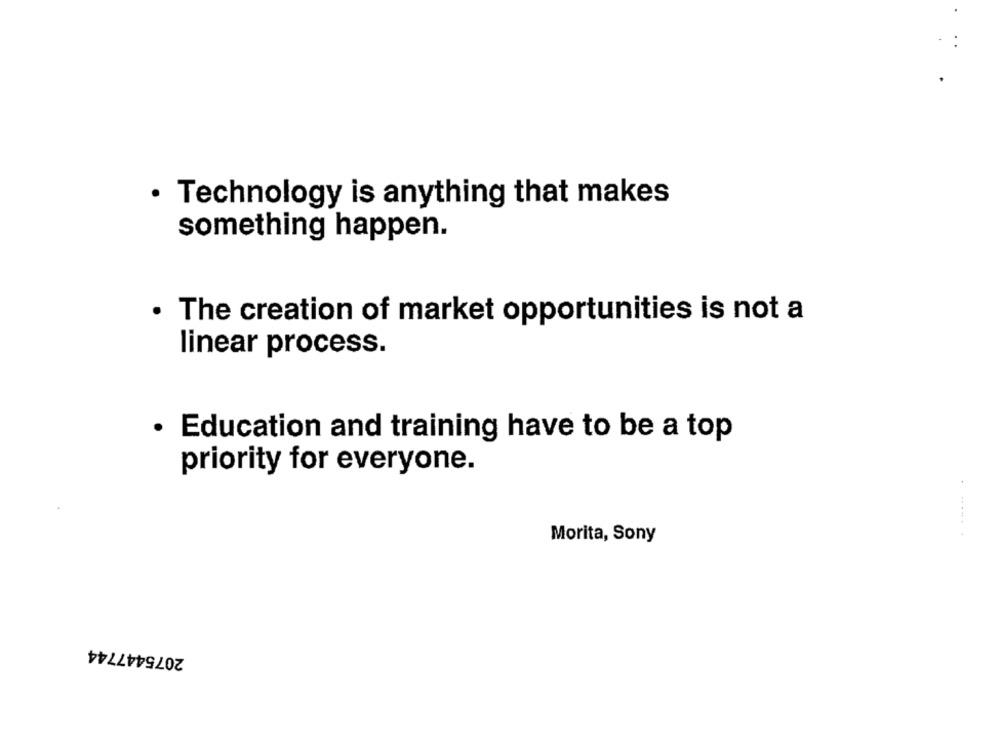
· Technology is anything that makes
something happen.
· The creation of market opportunities is not a
linear process.
· Education and training have to be a top
priority for everyone.
Morita, Sony
2075447744